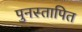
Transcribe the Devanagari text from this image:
पुनस्तापित